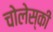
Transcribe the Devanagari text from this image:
चोलेस्की